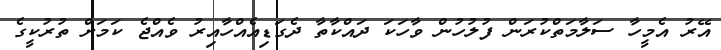
އޭރު އެމީހާ ސަލާމަތްކުރަން ފުލުހުން ވާހަކަ ދައްކާތާ ދެގަޑިއެއްހާއިރު ވެއްޖެ ކަމަށް ތުރުކީގެ